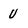
Character: v